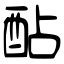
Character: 酟